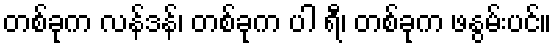
တစ်ခုက လန်ဒန်၊ တစ်ခုက ပါ ရီ၊ တစ်ခုက ဖနွမ်းပင်။